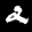
Label: 2